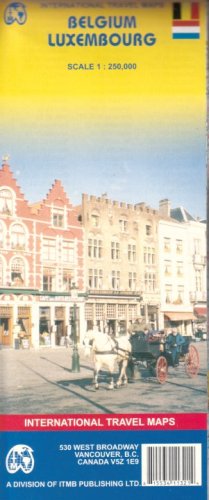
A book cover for Belgium & Luxembourg Travel Map 1:250,000 (International Travel Maps); ITM Canada; Travel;